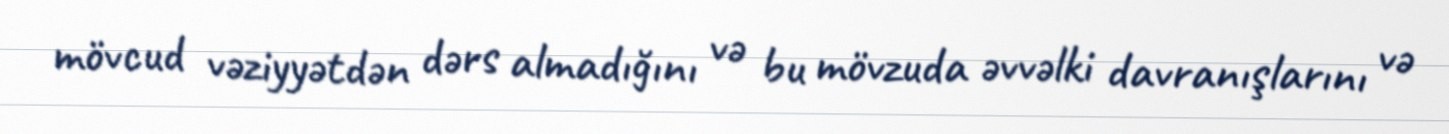
mövcud vəziyyətdən dərs almadığını və bu mövzuda əvvəlki davranışlarını və